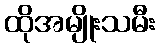
ထိုအမျိုးသမီး